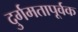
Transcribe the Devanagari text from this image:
दुर्गमतापूर्वक